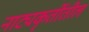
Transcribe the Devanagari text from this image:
नाट्यकृतींतील